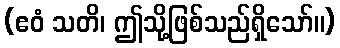
(ဧဝံ သတိ၊ ဤသို့ဖြစ်သည်ရှိသော်။)